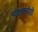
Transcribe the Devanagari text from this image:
पांडवानीही